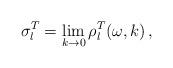
LaTeX: \begin{align*}\sigma_l^T = \lim_{k\rightarrow 0} \rho_l^T (\omega , k)\,,\end{align*}